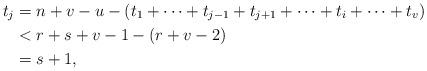
LaTeX: \begin{align*}t_j&=n+v-u-(t_1+\cdots+t_{j-1}+t_{j+1}+\cdots+t_i+\cdots+t_v)\\&<r+s+v-1-(r+v-2)\\&=s+1,\end{align*}